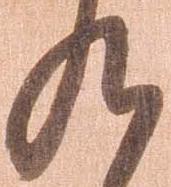
九